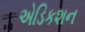
એડિકશન